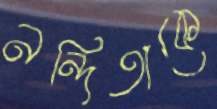
নন্দিতাকে